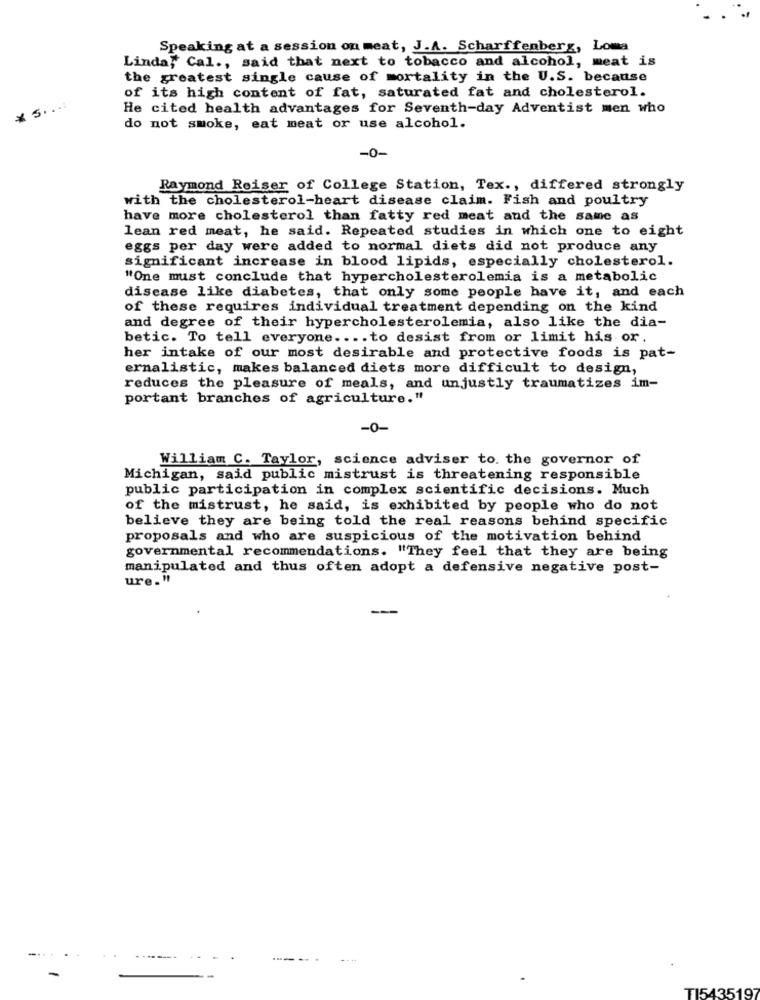
Speaking at a session on meat, J.A. Scharffenberg, Loma
Linda, Cal ., said that next to tobacco and alcohol, meat is
the greatest single cause of mortality in the U.S. because
of its high content of fat, saturated fat and cholesterol.
* 5. ...
He cited health advantages for Seventh-day Adventist men who
do not smoke, eat meat or use alcohol.
-0-
Raymond Reiser of College Station, Tex ., differed strongly
with the cholesterol-heart disease claim. Fish and poultry
have more cholesterol than fatty red meat and the same as
lean red meat, he said. Repeated studies in which one to eight
eggs per day were added to normal diets did not produce any
significant increase in blood lipids, especially cholesterol.
"One must conclude that hypercholesterolemia is a metabolic
disease like diabetes, that only some people have it, and each
of these requires individual treatment depending on the kind
and degree of their hypercholesterolemia, also like the dia-
betic. To tell everyone .... to desist from or limit his or.
her intake of our most desirable and protective foods is pat-
ernalistic, makes balanced diets more difficult to design,
reduces the pleasure of meals, and unjustly traumatizes im-
portant branches of agriculture."
-0-
William C. Taylor, science adviser to. the governor of
Michigan, said public mistrust is threatening responsible
public participation in complex scientific decisions. Much
of the mistrust, he said, is exhibited by people who do not
believe they are being told the real reasons behind specific
proposals and who are suspicious of the motivation behind
governmental recommendations. "They feel that they are being
manipulated and thus often adopt a defensive negative post-
ure."
---
TI5435197